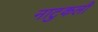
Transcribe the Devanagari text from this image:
नाटुकली